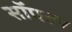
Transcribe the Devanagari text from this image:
सॉफ्टर